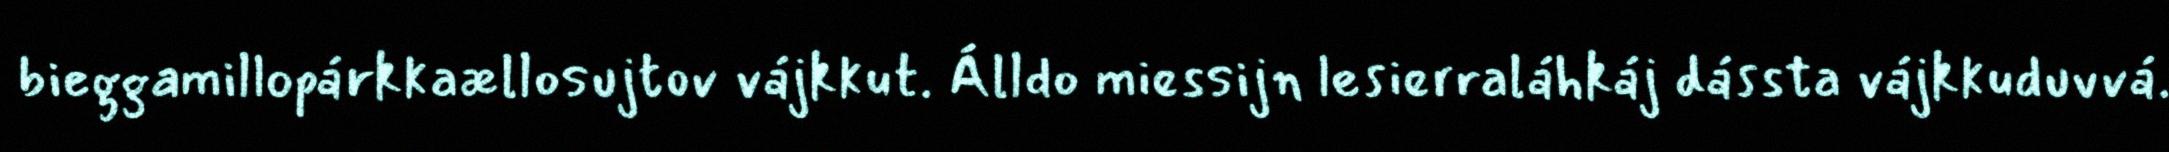
bieggamillopárkkaællosujtov vájkkut. Álldo miessijn lesierraláhkáj dássta vájkkuduvvá.